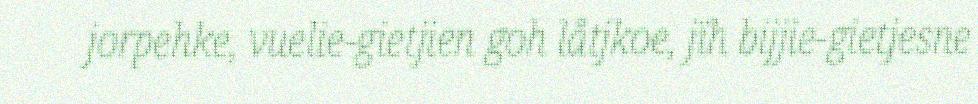
jorpehke, vuelie-gietjien goh låtjkoe, jïh bijjie-gietjesne